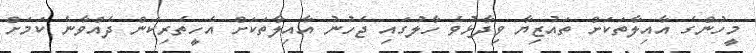
މީހުންގެ އާއިލާތަކަށް ތައުޒިޔާ ވިދާޅުވެ ހާލުގައި ޖެހުނު އާއިލާތަކަށް އެހީތެރިކަން ދެއްވާނެ ކަމަށް